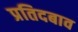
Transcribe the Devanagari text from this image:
प्रतिदबाव